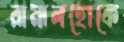
রামালহোকে